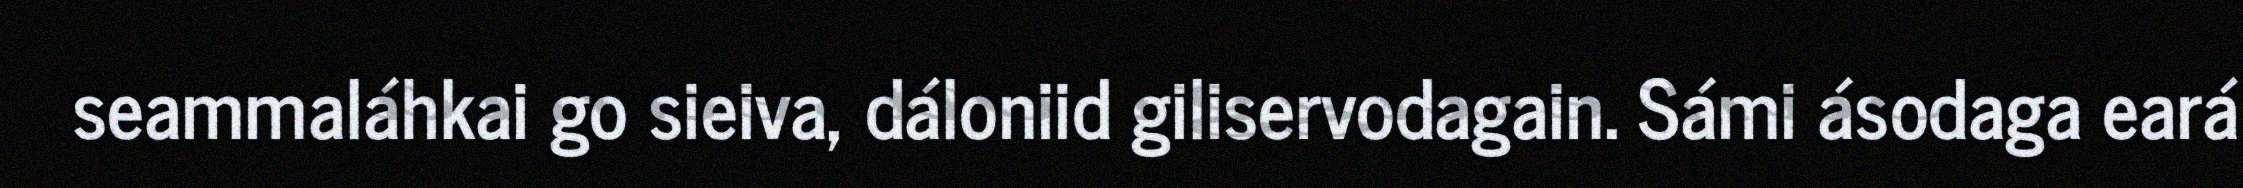
seammaláhkai go sieiva, dáloniid giliservodagain. Sámi ásodaga eará